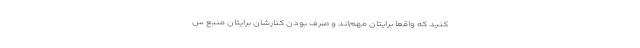
کنید که واقعاً برایتان مهم‌اند و صرفِ بودن کنارشان برایتان منبع س